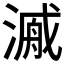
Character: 𱨍